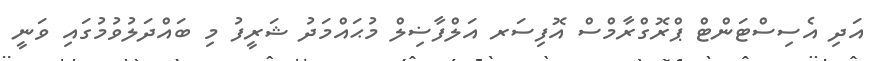
އަދި އެސިސްޓަންޓް ޕްރޮގްރާމްސް އޮފިސަރ އަލްފާޟިލް މުޙައްމަދު ޝަރީފު މި ބައްދަލުވުމުގައި ވަނީ